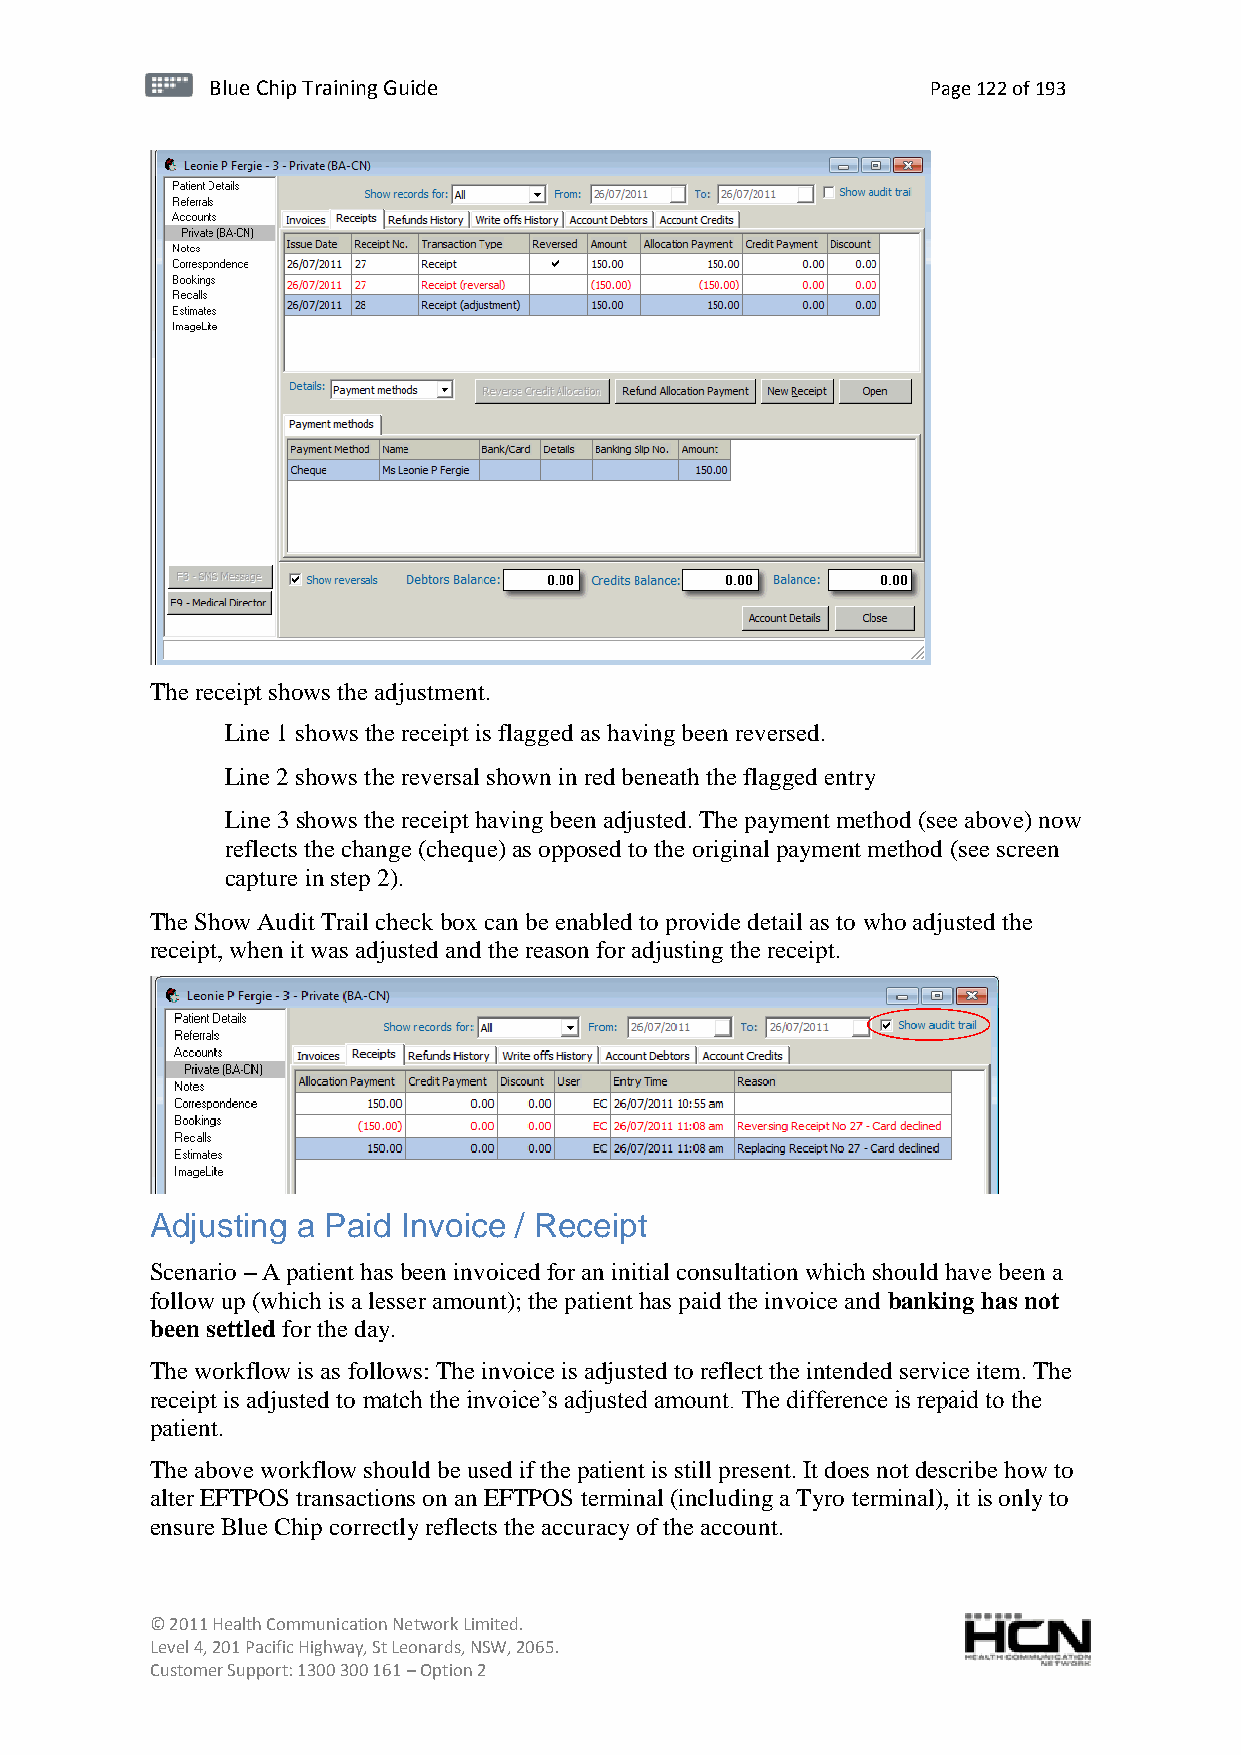
BBlluuee C Chihpi pTr Tairnainingi Gnugi dGeu ide Page 122 of 193
 The receipt shows the adjustment.
 Line 1 shows the receipt is flagged as having been reversed.
 Line 2 shows the reversal shown in red beneath the flagged entry
 Line 3 shows the receipt having been adjusted. The payment method (see above) now
 reflects the change (cheque) as opposed to the original payment method (see screen
 capture in step 2).
 The Show Audit Trail check box can be enabled to provide detail as to who adjusted the
 receipt, when it was adjusted and the reason for adjusting the receipt.
 Adjusting a Paid Invoice / Receipt
 Scenario – A patient has been invoiced for an initial consultation which should have been a
 follow up (which is a lesser amount); the patient has paid the invoice and banking has not
 been settled for the day.
 The workflow is as follows: The invoice is adjusted to reflect the intended service item. The
 receipt is adjusted to match the invoice’s adjusted amount. The difference is repaid to the
 patient.
 The above workflow should be used if the patient is still present. It does not describe how to
 alter EFTPOS transactions on an EFTPOS terminal (including a Tyro terminal), it is only to
 ensure Blue Chip correctly reflects the accuracy of the account.
 © 2011 Health Communication Network Limited.
 Level 4, 201 Pacific Highway, St Leonards, NSW, 2065.
 Customer Support: 1300 300 161 – Option 2